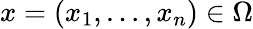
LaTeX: x=(x_{1},\ldots,x_{n})\in\Omega